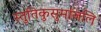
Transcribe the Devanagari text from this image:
स्तुतिकुसुमांजलि